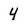
Character: 4